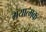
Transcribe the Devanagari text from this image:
गयात्मक